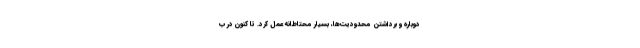
دوباره و برداشتن محدودیت‌ها، بسیار محتاطانه عمل کرد. تا کنون در ب